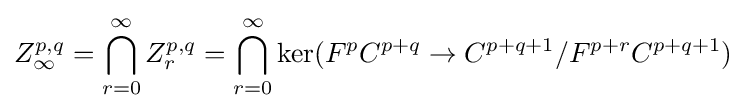
Z_{\infty }^{p,q}=\bigcap _{r=0}^{\infty }Z_{r}^{p,q}=\bigcap _{r=0}^{\infty }\ker(F^{p}C^{p+q}\rightarrow C^{p+q+1}/F^{p+r}C^{p+q+1})